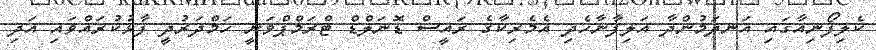
ކެލިފޯނިއާގައި އަނދަމުންދާ އަލިފާނާހެދި އެމެރިކާގެ ރައީސް ޑޮނަލްޑް ޓްރަމްޕްވަނީ ހަމްދަރުދީ ފާޅުކުރައްވައި އަދި